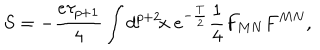
S = - \frac { e \tau _ { p + 1 } } { 4 } \int d ^ { p + 2 } \! x \ e ^ { - \frac { T } { 2 } } \frac { 1 } { 4 } F _ { M N } F ^ { M N } ,